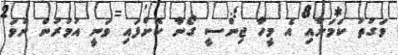
ވަގުތު ކަމަށާއި އެ މީހާ ޖިންސީ ގޯނާ ކޮށްފައި ވަނީ އުމުރުން ނުވަ